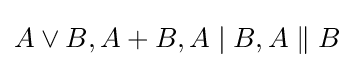
A\lor B,A+B,A\mid B,A\parallel B